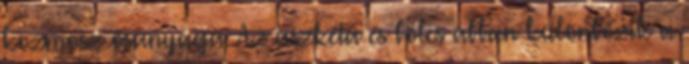
kozmosz ősanyaga. Az aszkéta és bölcs abban különbözik a